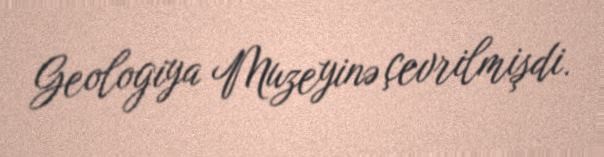
Geologiya Muzeyinə çevrilmişdi.